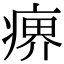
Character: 𤸋